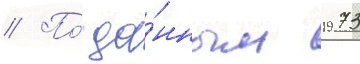
// По́ да́нным 1973